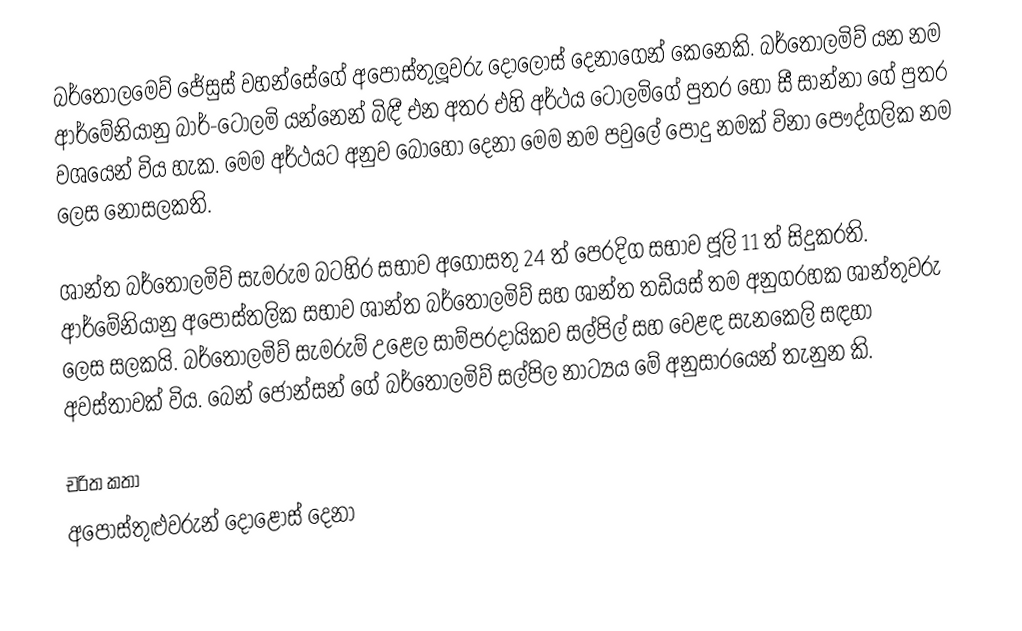
බර්තොලමෙව් ජේසුස් වහන්සේගේ අපෝස්තුලූවරු දොලොස් දෙනාගෙන් කෙනෙකි. බර්තොලමිව් යන නම ආර්මේනියානු බාර්-ටොලමි යන්නෙන් බිඳී එන අතර එහි අර්ථය ටොලමිගේ පුත‍්‍ර හෝ සී සාන්නා ගේ පුත‍්‍ර වශයෙන් විය හැක. මෙම අර්ථයට අනුව බොහෝ දෙනා මෙම නම පවුලේ පොදු නමක් විනා පෞද්ගලික නම ලෙස නොසලකති.

ශාන්ත බර්තොලමිව් සැමරුම බටහිර සභාව අගෝසතු 24 ත් පෙරදිග සභාව ජූලි 11 ත් සිදුකරති. ආර්මේනියානු අපෝස්තලික සභාව ශාන්ත බර්තොලමිව් සහ ශාන්ත තඩියස් තම අනුග‍්‍රහක ශාන්තුවරු ලෙස සලකයි. බර්තොලමිව් සැමරුම් උළෙල සාම්ප‍්‍රදායිකව සල්පිල් සහ වෙළඳ සැනකෙලි සඳහා අවස්තාවක් විය. බෙන් ජොන්සන් ගේ බර්තොලමිව් සල්පිල නාට්‍යය මේ අනුසාරයෙන් තැනුන කි.

චරිත කතා
අපෝස්තුළුවරුන් දොළොස් දෙනා